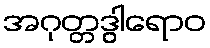
အဂုတ္တဒွါရောဝ